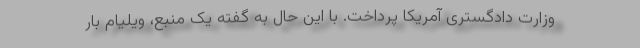
وزارت دادگستری آمریکا پرداخت. با این حال به گفته یک منبع، ویلیام بار